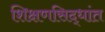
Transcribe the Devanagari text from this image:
शिक्षणसिद्धांत